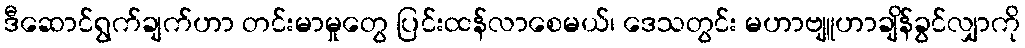
ဒီဆောင်ရွက်ချက်ဟာ တင်းမာမှုတွေ ပြင်းထန်လာစေမယ်၊ ဒေသတွင်း မဟာဗျူဟာချိန်ခွင်လျှာကို